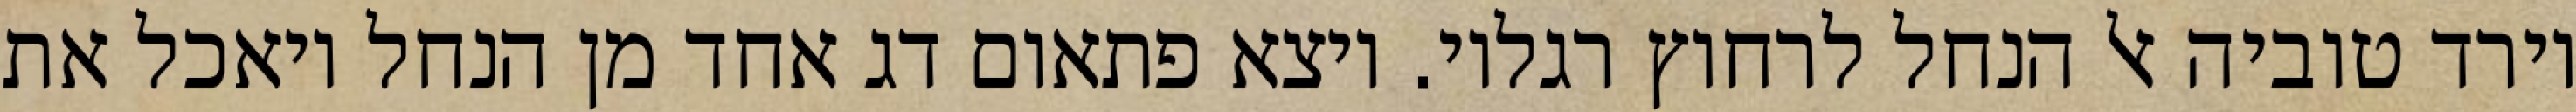
וירד טוביה אל הנחל לרחוץ רגליו. ויצא פתאום דג אחד מן הנחל ויאכל את